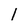
Character: 1